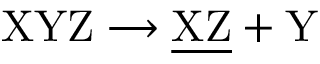
\mathrm { X Y Z \longrightarrow \underline { { X Z } } + Y }